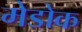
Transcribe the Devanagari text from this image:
मेडोक